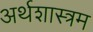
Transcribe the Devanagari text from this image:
अर्थशास्त्रम